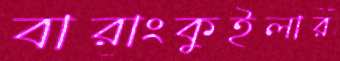
বারাংকুইলার